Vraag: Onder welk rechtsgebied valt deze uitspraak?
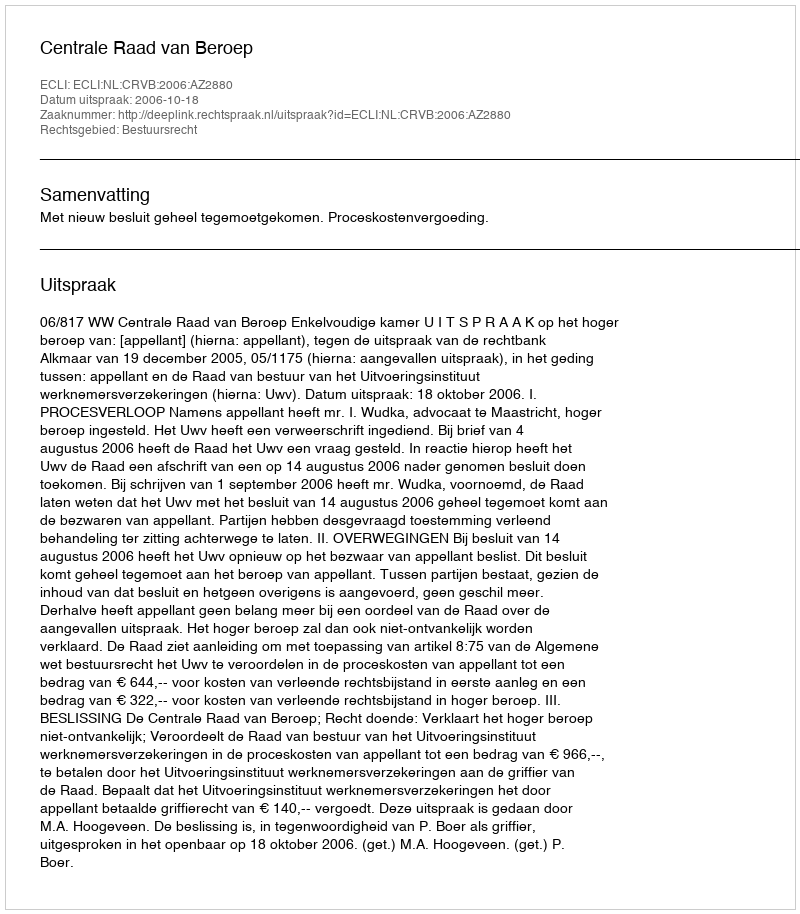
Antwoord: Bestuursrecht